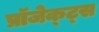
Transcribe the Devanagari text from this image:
प्रॉजेक्ट्स